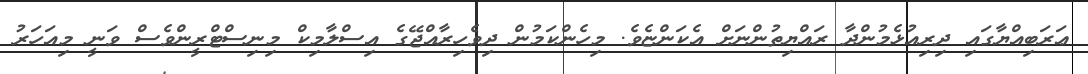
ޢަރަބިއްޔާގައި ދިރިއުޅެމުންދާ ރައްޔިތުންނަށް އެކަންޏެވެ. މިހެންކަމުން ދިވެހިރާއްޖޭގެ އިސްލާމިކް މިނިސްޓްރީންވެސް ވަނީ މިއަހަރު